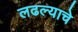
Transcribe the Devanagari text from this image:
लढल्याचे